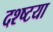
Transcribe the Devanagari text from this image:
दश्ष्टया